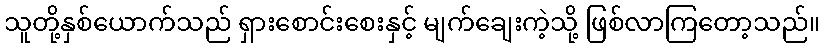
သူတို့နှစ်ယောက်သည် ရှားစောင်းစေးနှင့် မျက်ချေးကဲ့သို့ ဖြစ်လာကြတော့သည်။